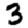
Digit: 3